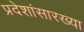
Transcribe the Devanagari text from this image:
प्रदेशांसारख्या